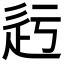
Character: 𨑛